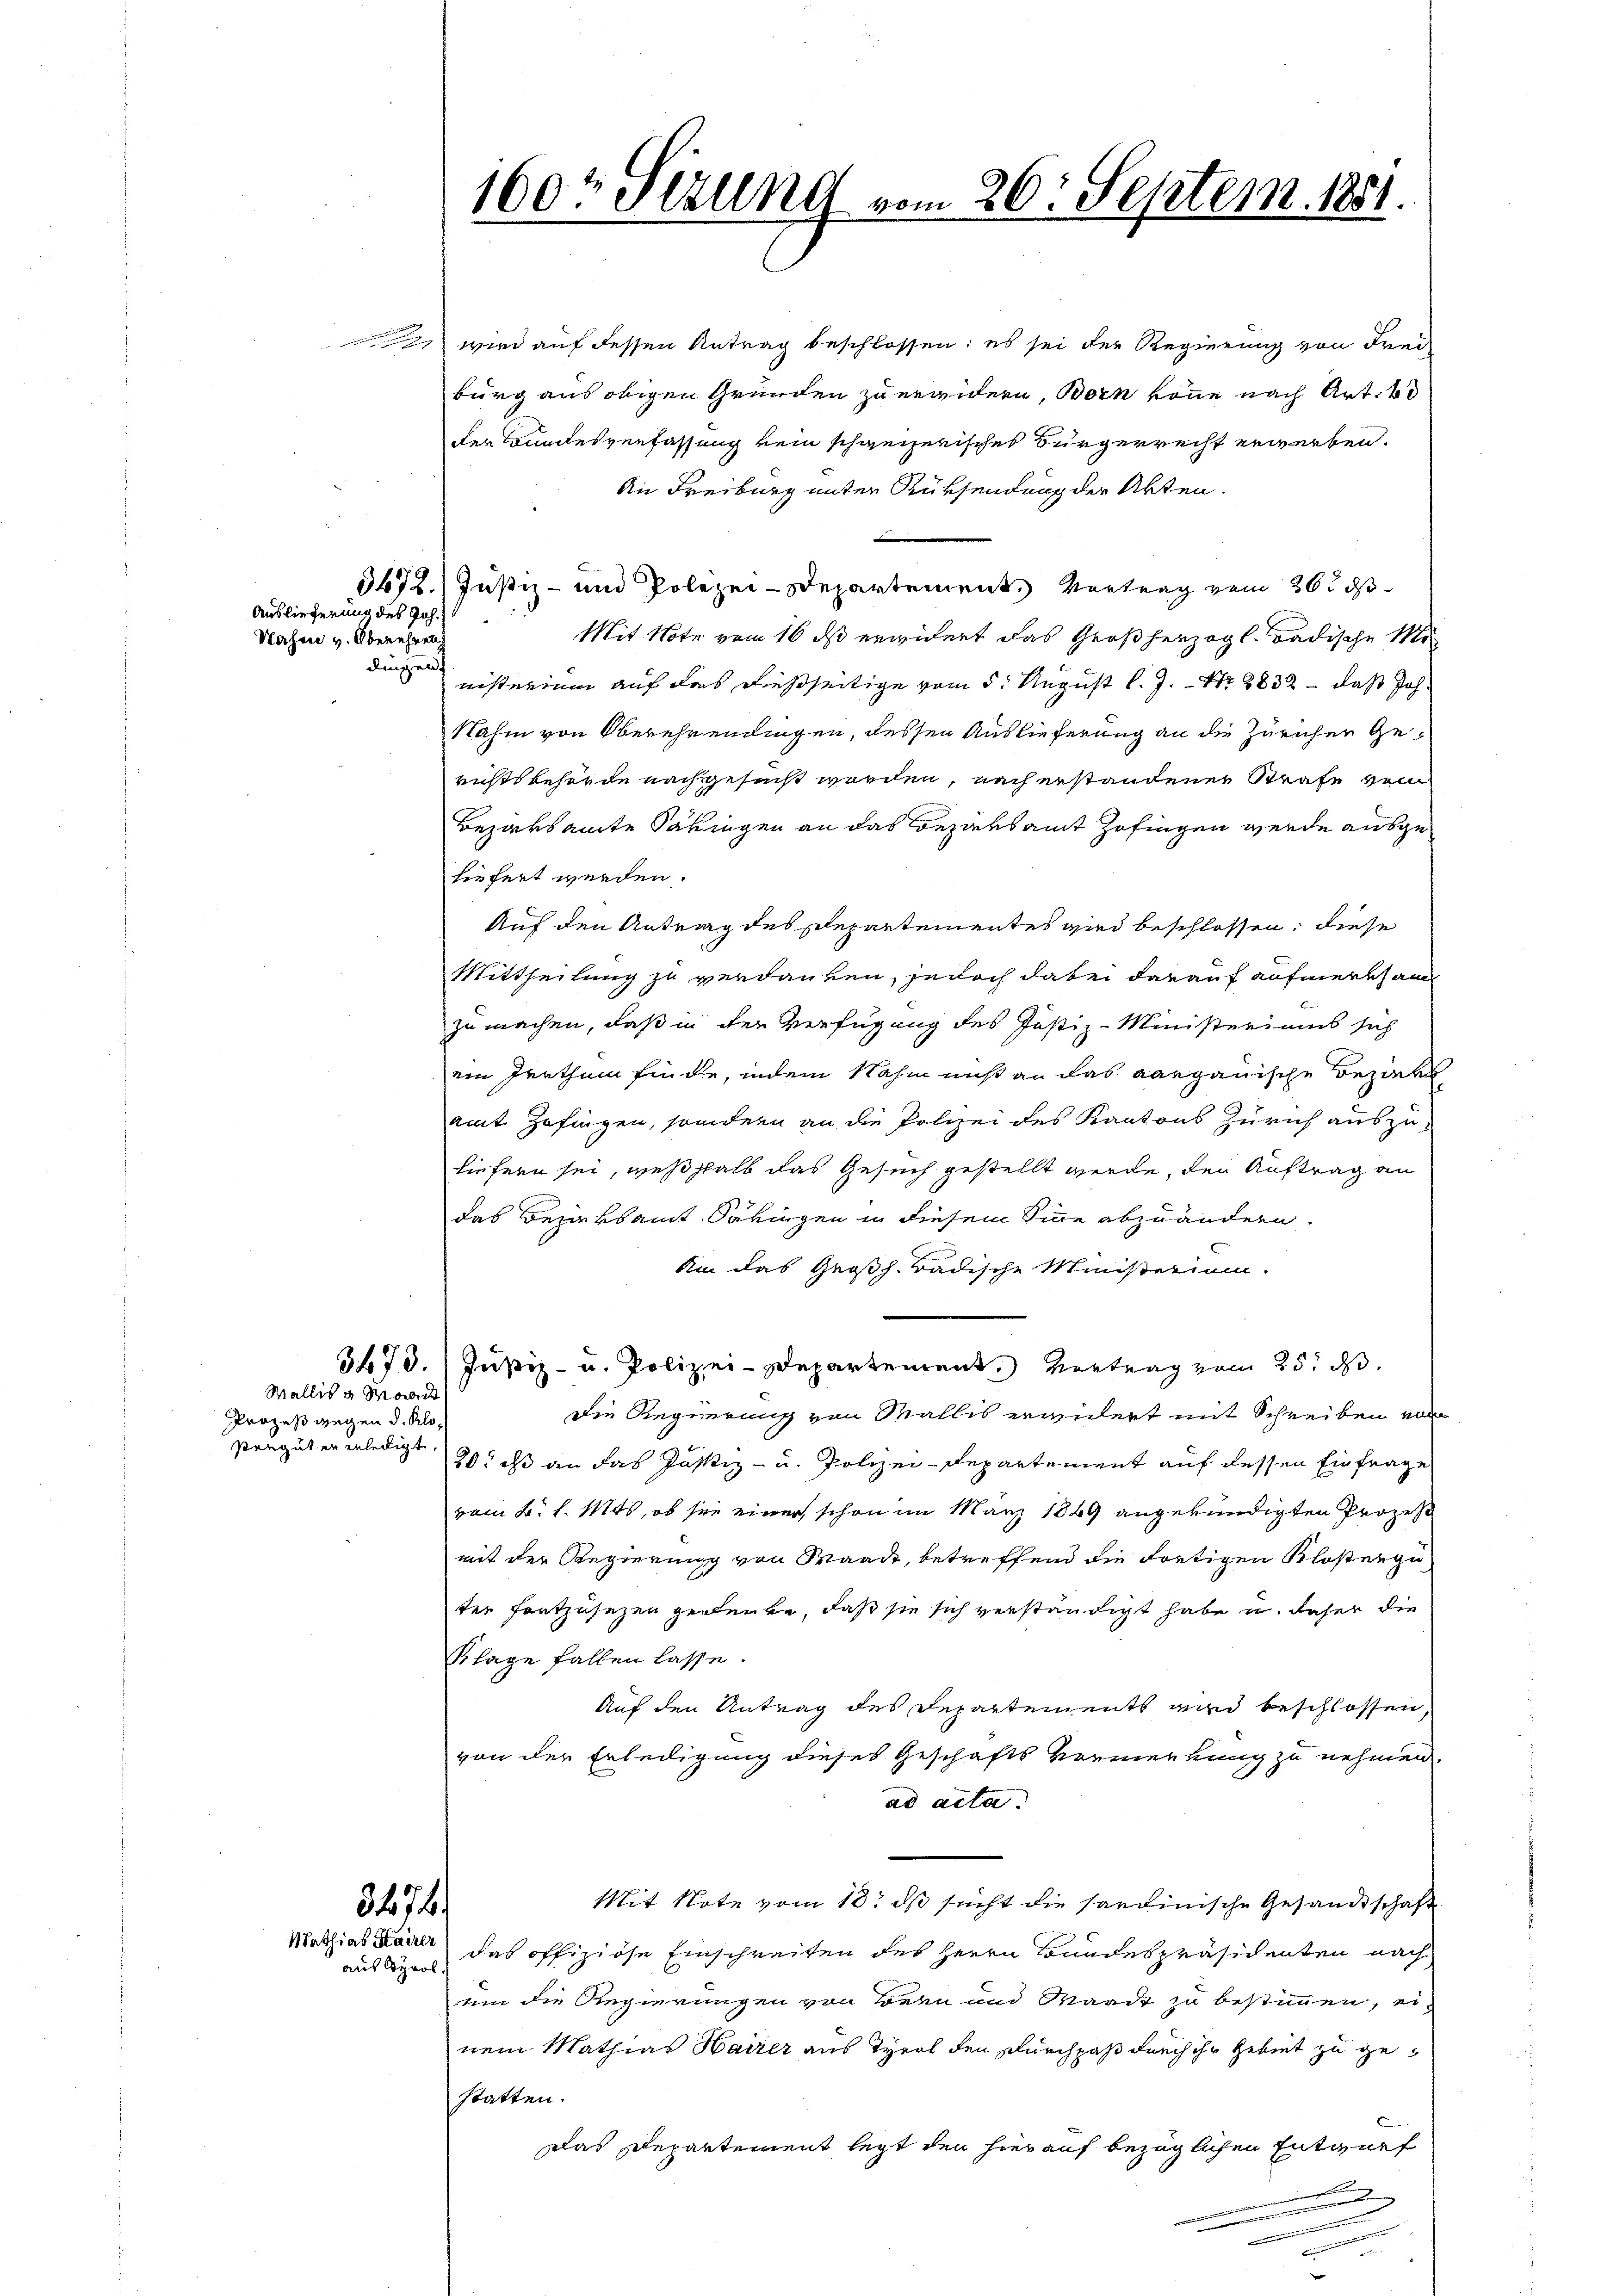
Auslieferung des Joh.
Nahe v. Oberehel
dingen

.

Wallis a Mande
Prozeß gegen d. Klosengut er erledigt.

2 wird auf dessen Antrag beschlossen; es sei der Regierung von Freiburg aus obigen Grunden zu erwidern, Bern könne nach Art. 63
der Bundesverfassung kein schweizerisches Bürgerrecht erwerben.
An Freiburg unter Rüksendung der Akten.
.
3672.) Justiz- und Polizei-Departement. Vortrag vom 26. ds
Mit Note vom 16 ds erwidert das Großherzogl. Badische Mi
nisterium auf das dießseitige vom 5. August l. J. Nr. 2832 - daß Joh.
Nahm von Oberehrendingen, dessen Auslieferung an die Züricher Gerichtsbehörde nachgesucht worden, nach erstandener Strafe sein
Bezirksamte Säkingen an das Beziersamt Zofingen werde ausgeliefert werden.
Auf den Antrag des Departementes wird beschlossen, diese
Mittheilung zu verdanken, jedoch dabei darauf aufmerksam
zu machen, daß in der Verfügung des Justiz-Ministeriums sich
ein Irrthum finde, indem Nahm nicht an das aargauische Beziehen
amt Zofingen, sondern an die Polizei des Kantons Zürich auszu-
liefern sei, weßhalb das Gesuch gestellt werde, den Auftrag an
das Bezirksamt Säkingen in diesem Sinne abzuändern.
Ain das Großh. Badische Ministerium.
373. Justiz- u. Polizei-Departement. Vortrag vom 25. ds.
Die Regierung von Wallis erwidert mit Schreiben von
20. ds an das Justiz- u. Polizei-Departement auf dessen Einfrage
vom 2. l. Mts, ob sie einer schon im März 1849 angekündigten Prozes
mit der Regierung von Waadt, betreffend die Fortigen Klostergu
ter fortzusezen gedeute, daß sie sich verständigt habe u. daher die
Klage fallen lasse.
Auf den Antrag des Departements wird beschlossen,
von der Erledigung dieses Geschäfts Vermerkung zu nehmen.
ad acta.
Mit Note vom 18. ds sucht die sardinische Gesandtschaft
Mathias Bauer das offiziöse Einschreiten des Herrn Bundespräsidenten nach
um die Regierungen von Bern und Waadt zu bestimmen, einem Mathias Hairer aus Tyrol den Durchpaß durch ihr Gebiet zu gestatten.
Das Departement legt den hierauf bezüglichen Entwurf
e
n

3474

aus Sprol.

160t Setzung vom 26. Septem. 1851.

2